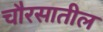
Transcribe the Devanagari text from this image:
चौरसातील